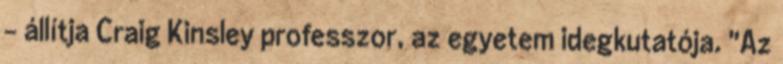
- állítja Craig Kinsley professzor, az egyetem idegkutatója. "Az